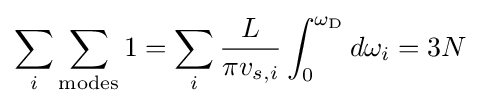
\sum _{i}\sum _{\rm {modes}}1=\sum _{i}{\frac {L}{\pi v_{s,i}}}\int _{0}^{\omega _{\rm {D}}}d\omega _{i}=3N